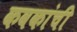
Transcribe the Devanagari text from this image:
कवकांची